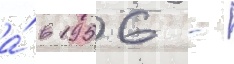
а́ в 1956 -